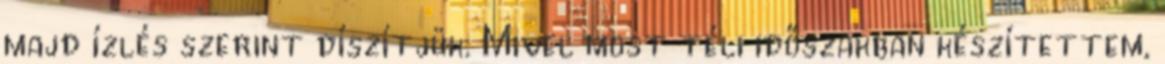
majd ízlés szerint díszítjük. Mivel most téli időszakban készítettem,